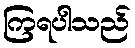
ကြရပါသည်